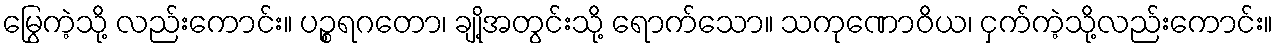
မြွေကဲ့သို့ လည်းကောင်း။ ပဉ္စရဂတော၊ ချို့အတွင်းသို့ ရောက်သော။ သကုဏောဝိယ၊ ငှက်ကဲ့သို့လည်းကောင်း။